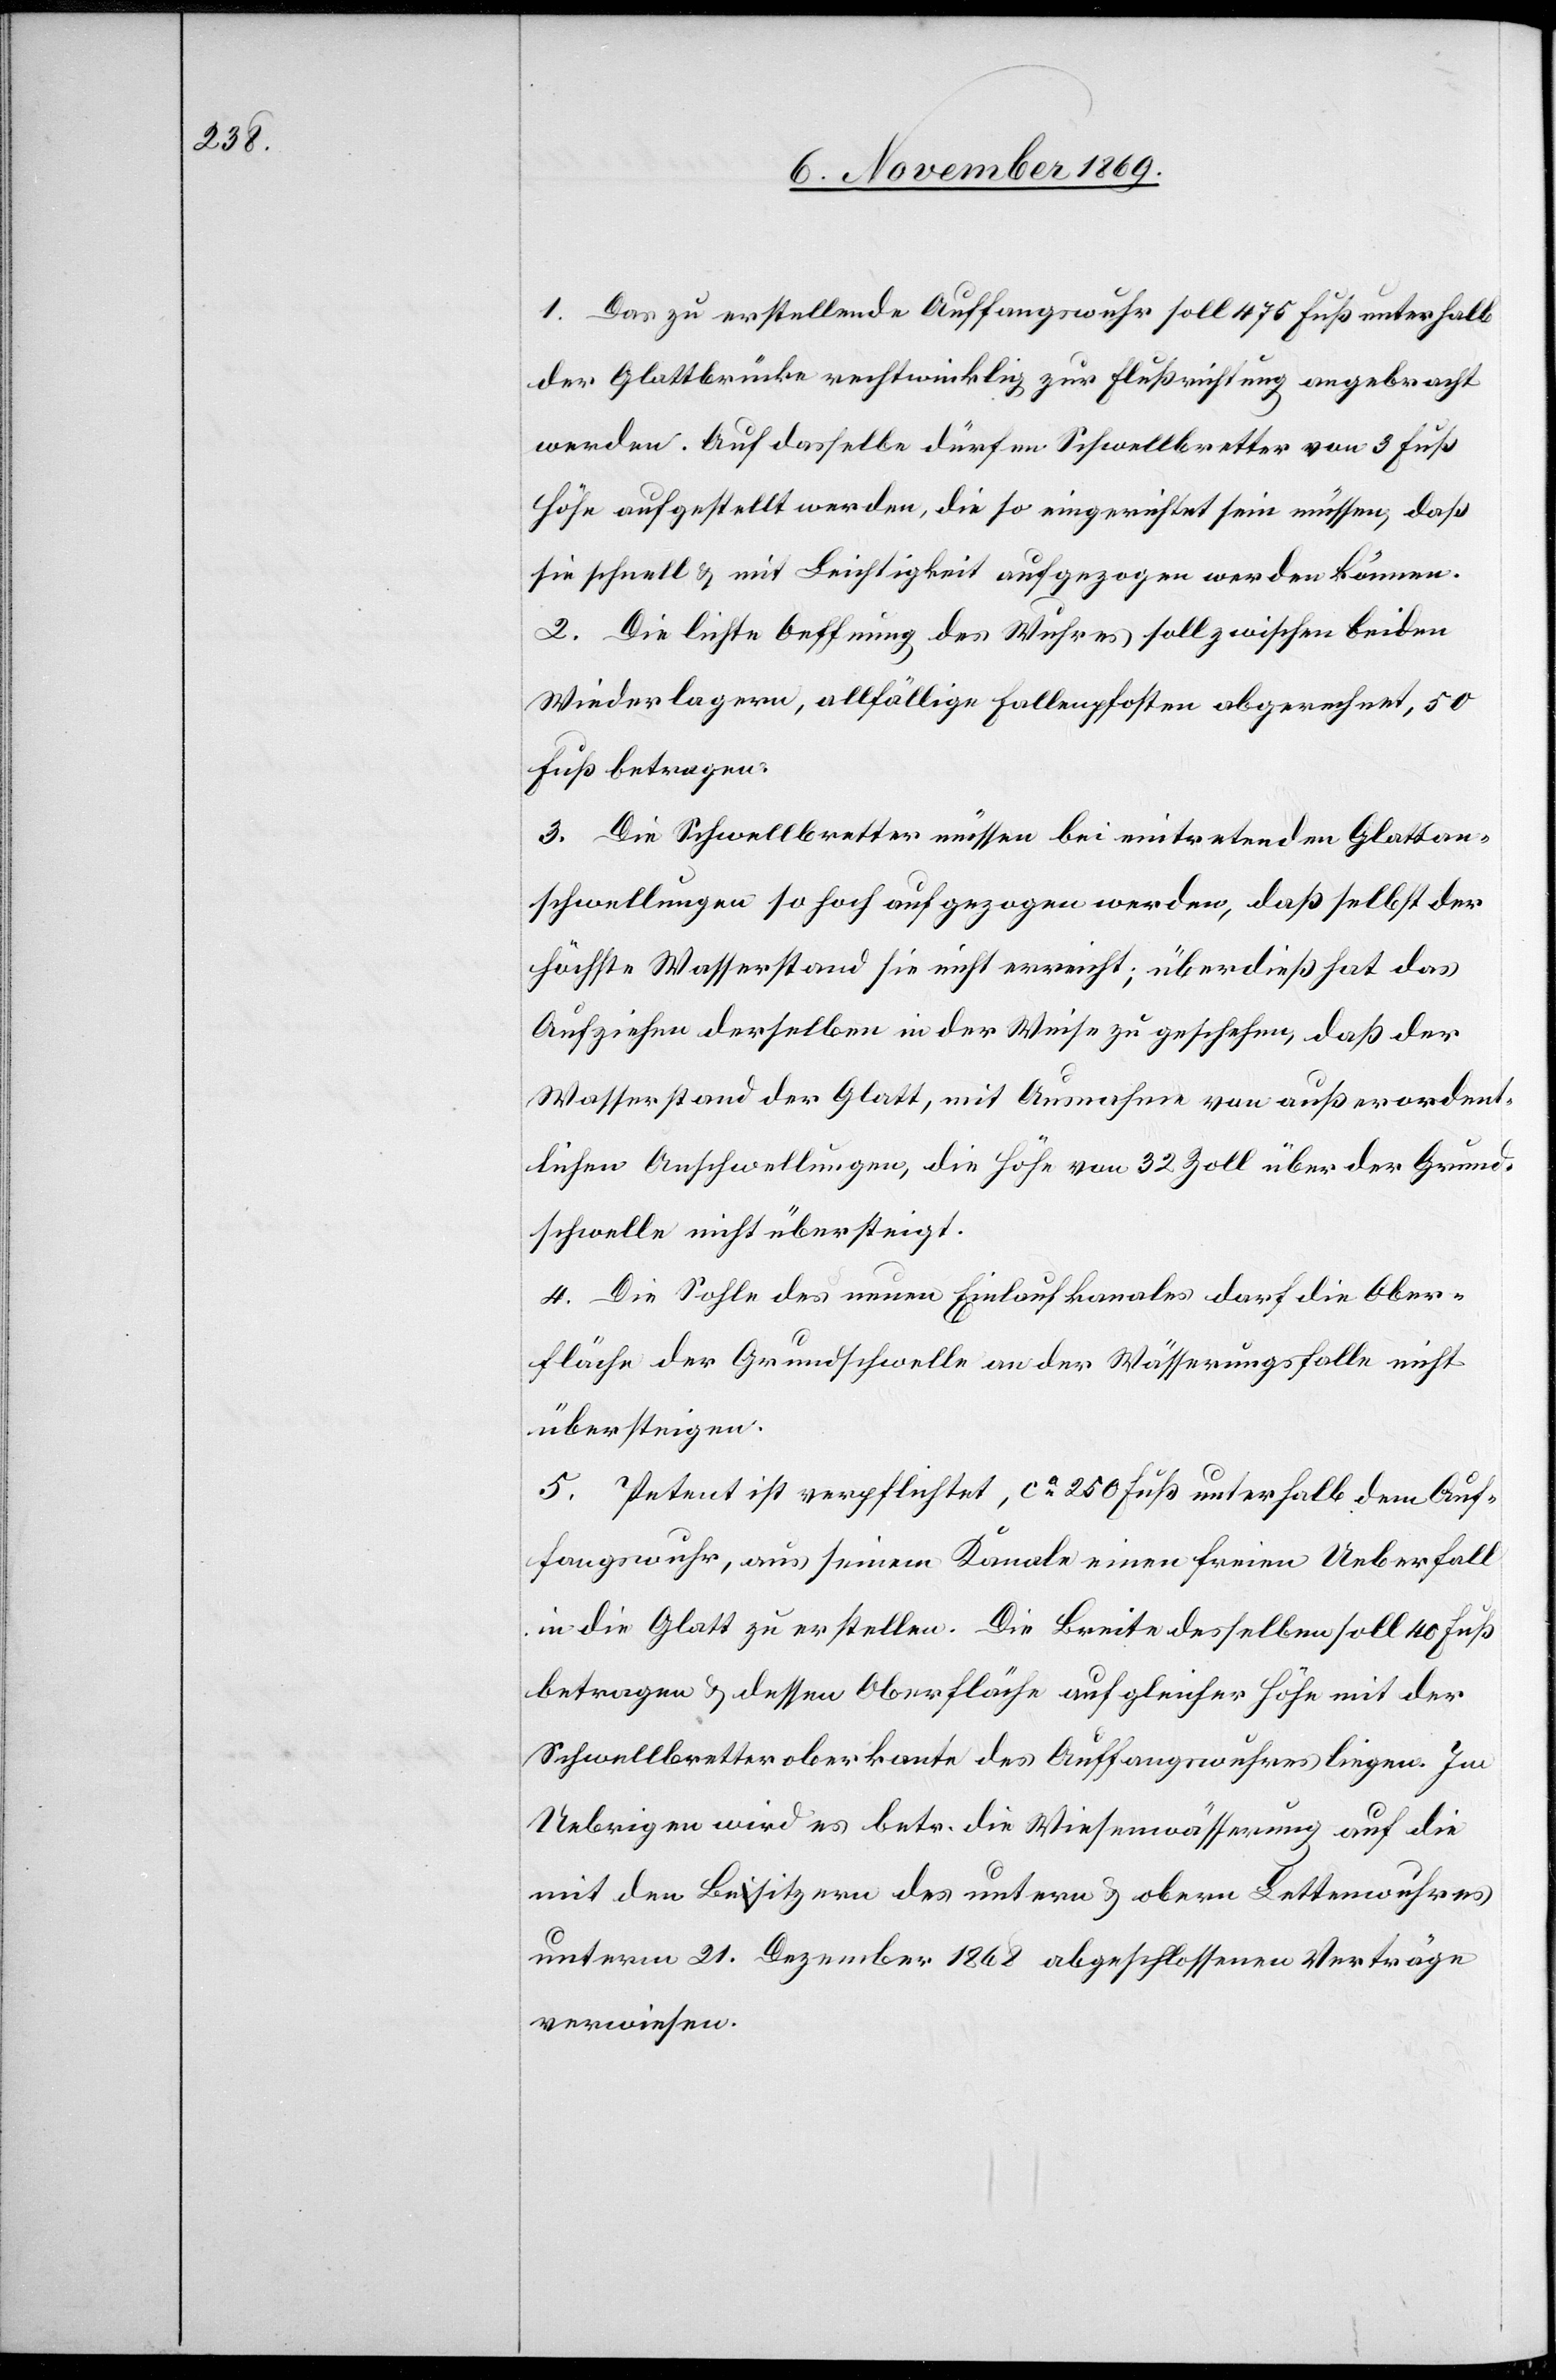
1. Das zu erstellende Auffangswuhr soll 475 Fuß unterhalb
der Glattbrücke rechtwinklig zur Flußrichtung angebracht
werden. Auf dasselbe dürfen Schwellbretter von 3 Fuß
Höhe aufgestellt werden, die so eingerichtet sein müssen, daß
sie schnell & mit Leichtigkeit aufgezogen werden können.
2. Die lichte Oeffnung des Wuhres soll zwischen beiden
Wiederlagern, allfällige Fallenpfosten abgerechnet, 50
Fuß betragen.
3. Die Schwellbretter müssen bei eintretenden Glattan¬
schwellungen so hoch aufgezogen werden, daß selbst der
höchste Wasserstand sie nicht erreicht; überdieß hat das
Aufziehen derselben in der Weise zu geschehen, daß der
Wasserstand der Glatt, mit Ausnahme von außerordent¬
lichen Anschwellungen, die Höhe von 32 Zoll über der Grund¬
schwelle nicht übersteigt.
4. Die Sohle des neuen Einlaufkanales darf die Ober¬
fläche der Grundschwelle an der Wässerungsfalle nicht
übersteigen.
5. Petent ist verpflichtet, ca 250 Fuß unterhalb dem Auf¬
fangswuhr, aus seinem Kanale einen freien Ueberfall
in die Glatt zu erstellen. Die Breite desselben soll 40 Fuß
betragen & dessen Oberfläche auf gleicher Höhe mit der
Schwellbretteroberkante des Auffangswuhres liegen. Im
Uebrigen wird es [recte: er] betr. die Wiesenwässerung auf die
mit den Besitzern des untern & obern Lettenwuhres
unterm 21. Dezember 1868 abgeschlossenen Verträge
verwiesen.